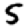
Digit: 5